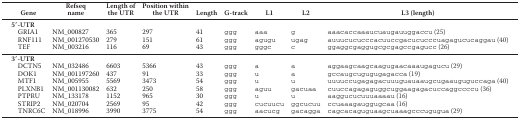
<table><thead><tr><td><b>Gene</b></td><td><b>Refseq name</b></td><td><b>Length of the UTR</b></td><td><b>Position within the UTR</b></td><td><b>Length</b></td><td><b>G-track</b></td><td><b>L1</b></td><td><b>L2</b></td><td><b>L3 (length)</b></td></tr></thead><tbody><tr><td><b>5′-UTR</b></td><td></td><td></td><td></td><td></td><td></td><td></td><td></td><td></td></tr><tr><td>GRIA1</td><td>NM_000827</td><td>365</td><td>297</td><td>41</td><td>ggg</td><td>aaa</td><td>g</td><td>aaacaccaaaucuaugauuggaccu (25)</td></tr><tr><td>RNF111</td><td>NM_001270530</td><td>279</td><td>151</td><td>61</td><td>ggg</td><td>agugu</td><td>ugag</td><td>auuucucucccacuuccgacucucccuagagucucaggau (40)</td></tr><tr><td>TEF</td><td>NM_003216</td><td>116</td><td>69</td><td>43</td><td>ggg</td><td>gggc</td><td>c</td><td>ggaggcgaggugcgcgagccgagucc (26)</td></tr><tr><td colspan="9"><b>3′-UTR</b></td></tr><tr><td>DCTN5</td><td>NM_032486</td><td>6603</td><td>5366</td><td>43</td><td>ggg</td><td>a</td><td>a</td><td>aggaagcaagcaagugaacaaaugagucu (29)</td></tr><tr><td>DOK1</td><td>NM_001197260</td><td>437</td><td>91</td><td>33</td><td>ggg</td><td>u</td><td>a</td><td>gccaugcugugugagacca (19)</td></tr><tr><td>MTF1</td><td>NM_005955</td><td>5569</td><td>3473</td><td>54</td><td>ggg</td><td>u</td><td>u</td><td>uuuuccugagagacuuuguauaaugcugaauguguccaga (40)</td></tr><tr><td>PLXNB1</td><td>NM_001130082</td><td>632</td><td>250</td><td>58</td><td>ggg</td><td>aguu</td><td>gacuaa</td><td>cuuccagagaguggcuggaagagacuccaggccccu (36)</td></tr><tr><td>PTPRU</td><td>NM_133178</td><td>1152</td><td>965</td><td>30</td><td>ggg</td><td>u</td><td>u</td><td>aaggucucuuuaaaau (16)</td></tr><tr><td>STRIP2</td><td>NM_020704</td><td>2569</td><td>95</td><td>42</td><td>ggg</td><td>cucuucu</td><td>ggcucuu</td><td>ccuaaagauggugcaa (16)</td></tr><tr><td>TNRC6C</td><td>NM_018996</td><td>3990</td><td>3775</td><td>54</td><td>ggg</td><td>aacucg</td><td>gacagga</td><td>cagcacaguguaagcuaaagcccugugua (29)</td></tr></tbody></table>